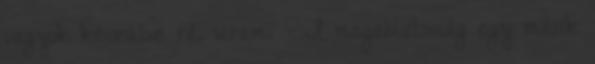
vagyok készülve rá, uram. - A magabiztosság egy másik